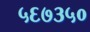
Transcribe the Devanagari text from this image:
५६७३५०